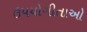
ઉપયોગીતાઓ